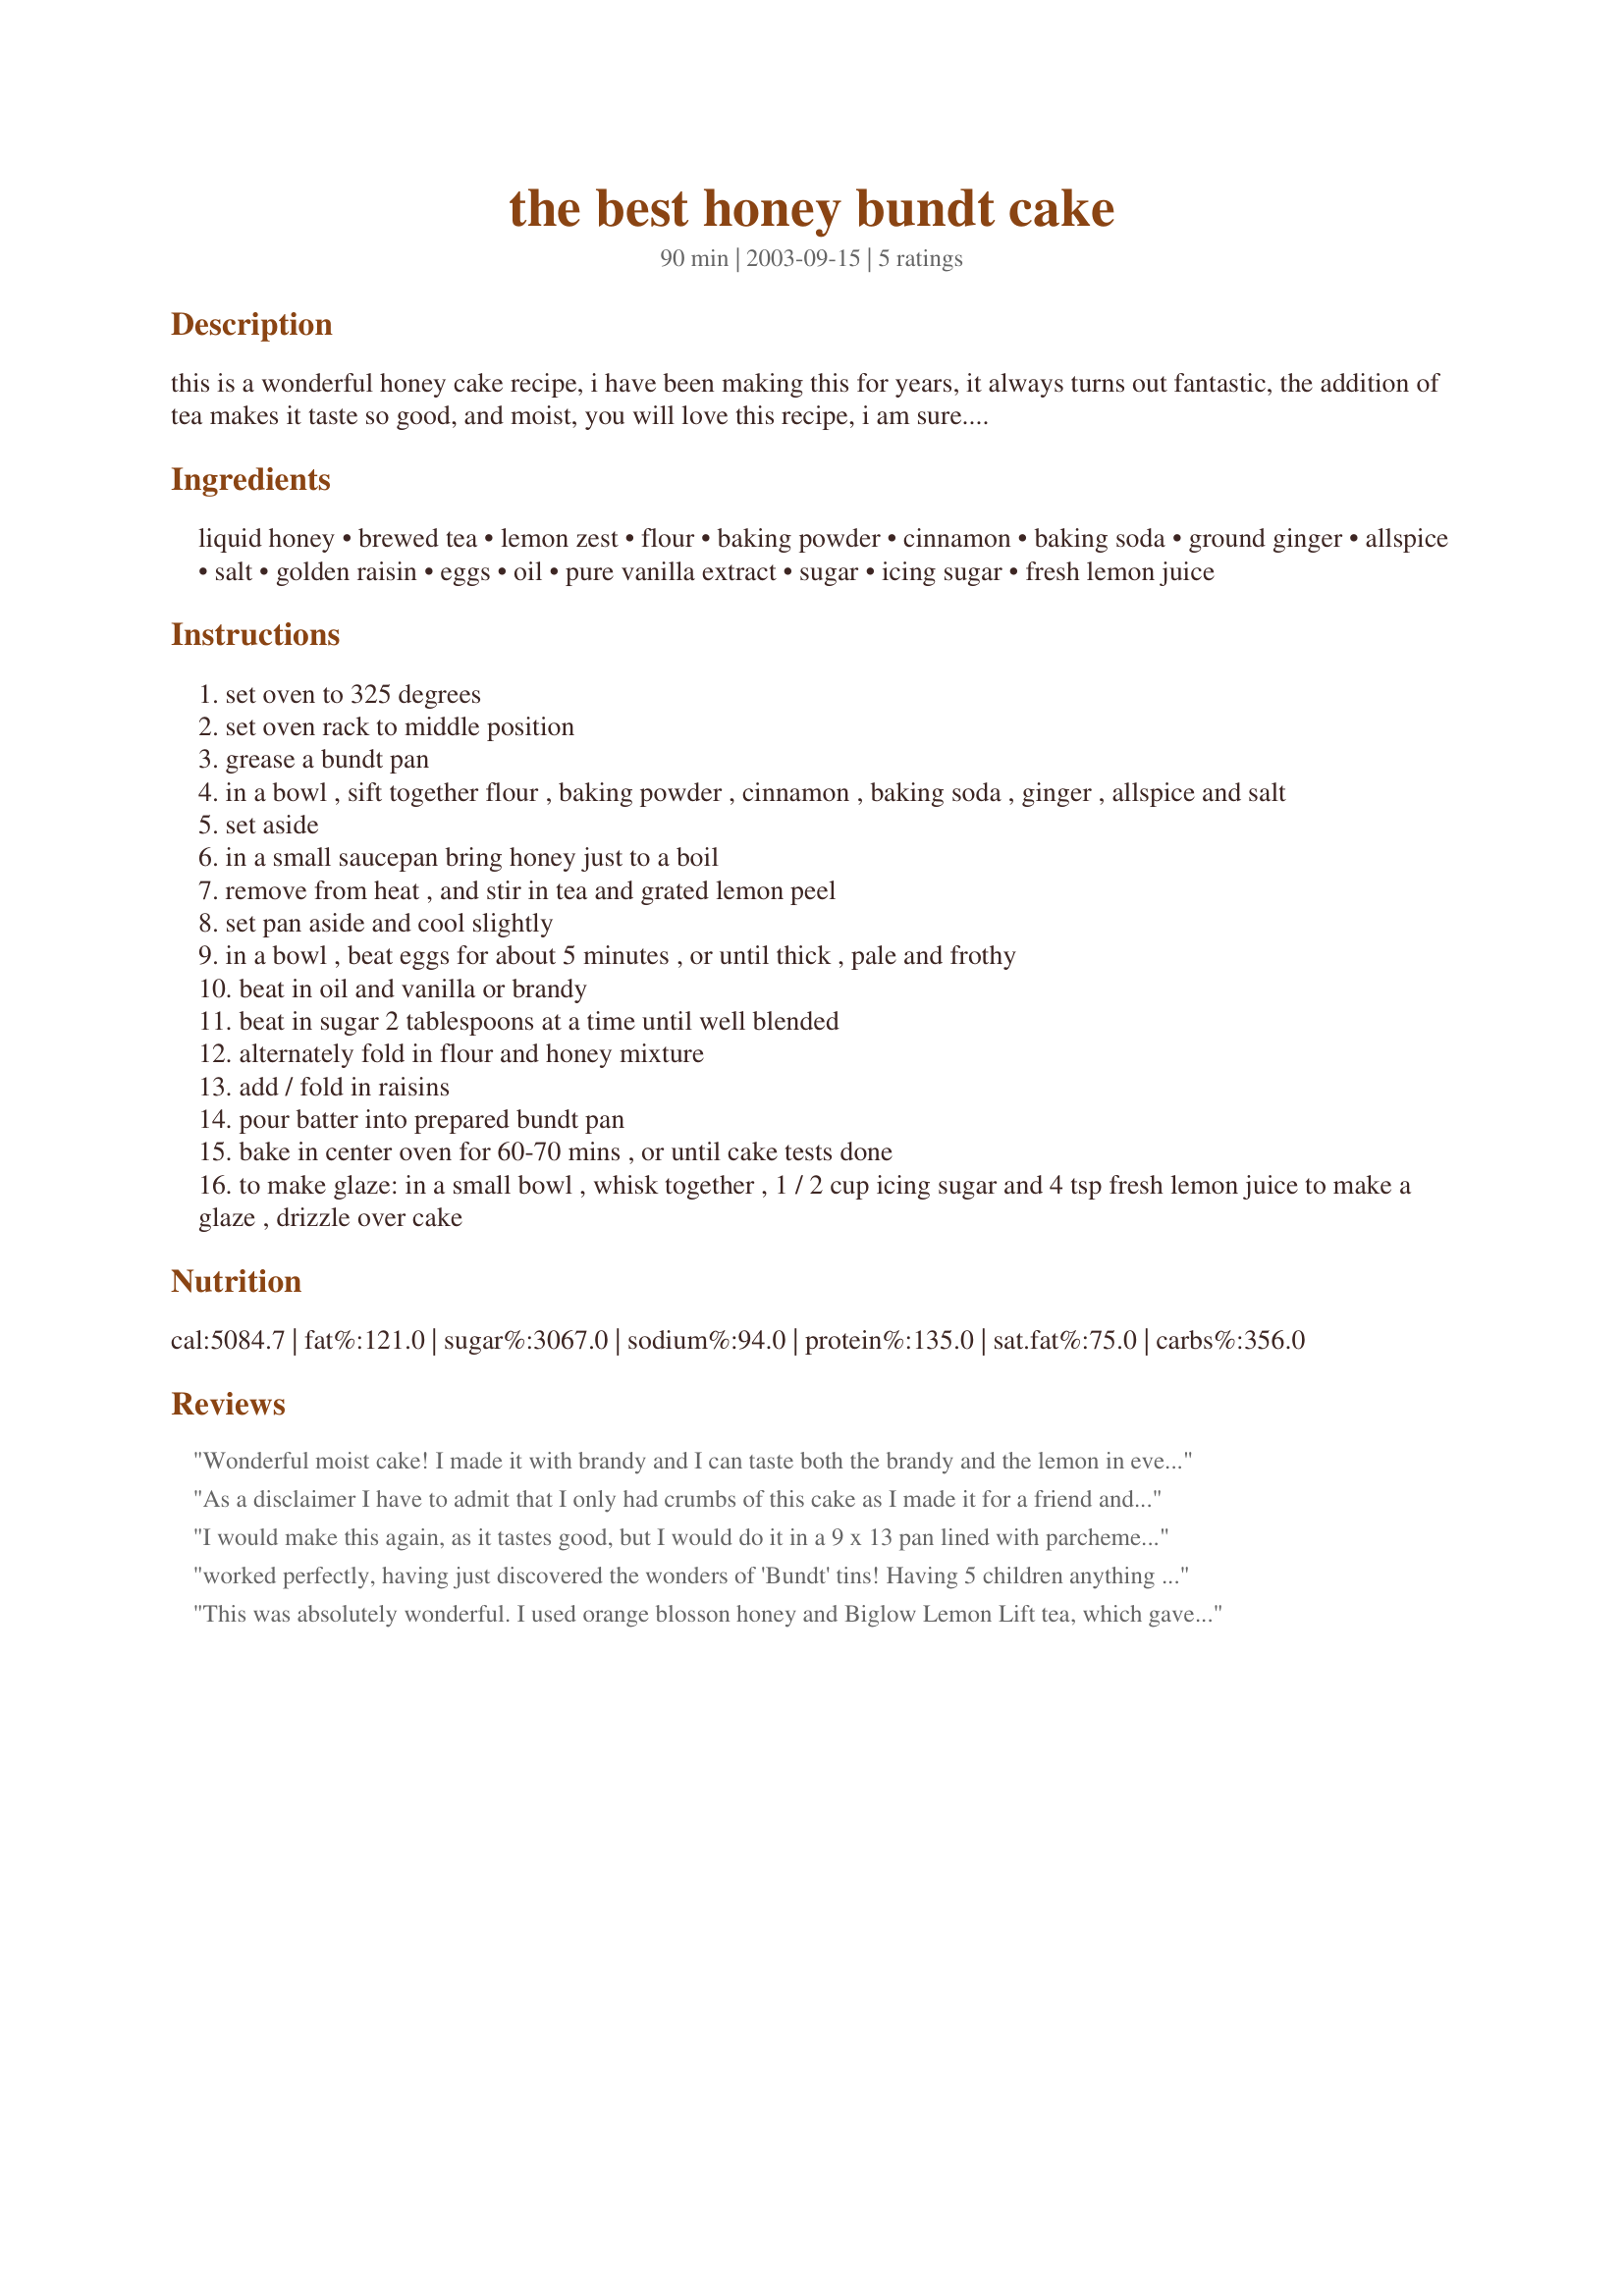
the best honey bundt cake
Preparation time: 90 minutes

this is a wonderful honey cake recipe, i have been making this for years, it always turns out fantastic, the addition of tea makes it taste so good, and moist, you will love this recipe, i am sure. enjoy!

Ingredients:
liquid honey, brewed tea, lemon zest, flour, baking powder, cinnamon, baking soda, ground ginger, allspice, salt, golden raisin, eggs, oil, pure vanilla extract, sugar, icing sugar, fresh lemon juice

Steps:
set oven to 325 degrees
set oven rack to middle position
grease a bundt pan
in a bowl , sift together flour , baking powder , cinnamon , baking soda , ginger , allspice and salt
set aside
in a small saucepan bring honey just to a boil
remove from heat , and stir in tea and grated lemon peel
set pan aside and cool slightly
in a bowl , beat eggs for about 5 minutes , or until thick , pale and frothy
beat in oil and vanilla or brandy
beat in sugar 2 tablespoons at a time until well blended
alternately fold in flour and honey mixture
add / fold in raisins
pour batter into prepared bundt pan
bake in center oven for 60-70 mins , or until cake tests done
to make glaze: in a small bowl , whisk together , 1 / 2 cup icing sugar and 4 tsp fresh lemon juice to make a glaze , drizzle over cake

Reviews:
Wonderful moist cake! I made it with brandy and I can taste both the brandy and the lemon in every bite. The texture is nice and light in comparison to my Ukrainian honey cake recipe which I find is denser, probably because mine is made with dairy ingredients. I substituted pasteurized egg whites for the whole eggs but otherwise kept the recipe the same. I didn't make a glaze. Such a wonderful cake doesn't need any further embellishments.
As a disclaimer I have to admit that I only had crumbs of this cake as I made it for a friend and her 5 children. But the crumbs were wonderful and they all said they loved it, so I feel ok reviewing it! I subbed whole wheat pastry flour for the flour, and used some different honeys (2 types of regular, a little lemon honey, and a little cinnamon honey), and used lavender black tea. I was a little worried that with all these flavors it would be a hodge podge. But it was lovely. Moist and spice cake tasting. The glaze is also a really nice complement. Not a cake I will make often as I lean towards very low fat stuff, but a pretty one for company! Thanks!
I would make this again, as it tastes good, but I would do it in a 9 x 13 pan lined with parchement to get it out. It stuck worse to a well Pammed bundt pan than anything I have ever seen, I had to dig it out and it is in pieces and crumbs on a plate. My husband is eating it for breakfast, but no way I could serve it to the people I wanted to. Make it, but be VERY careful about sticking!
worked perfectly, having just discovered the wonders of 'Bundt' tins! Having 5 children anything large and yummy is much appreciated! The house smelt delicious and we couldn't wait for it to cool, reminded me of german honey Xmas bisciuts.
This was absolutely wonderful. I used orange blosson honey and Biglow Lemon Lift tea, which gave the cake a very nice, mild citrus flavor. I will definately be making this again.
